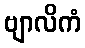
ဗျာလိကံ